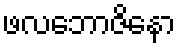
ဖလဘောဇိနော